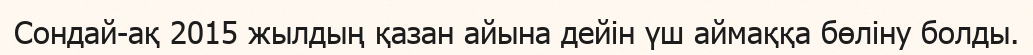
Сондай-ақ 2015 жылдың қазан айына дейін үш аймаққа бөліну болды.